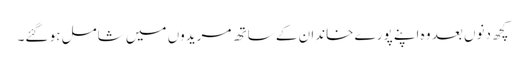
کچھ دنوں بعد وہ اپنے پورے خاندان کے ساتھ مریدوں میں شامل ہو گئے۔